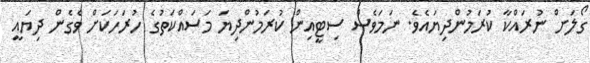
ގޯލަށް ނުރައްކާ ކުރަމުންދިޔައެވެ. ނަމަވެސް ސިޓީއިން ކުރަމުންދިޔަ މަސައްކަތުގެ ހުރަހަކަށް ވެގެން ދިޔައީ